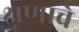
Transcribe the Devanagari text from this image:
क्षणाचे